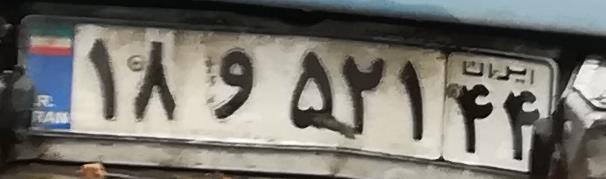
۱۸و۵۲۱۴۴